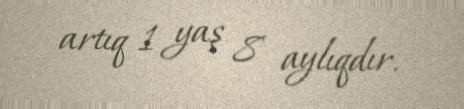
artıq 1 yaş 8 aylıqdır.